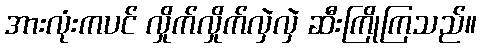
အားလုံးကပင် လှိုက်လှိုက်လှဲလှဲ ဆီးကြိုကြသည်။